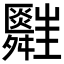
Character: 𦨃